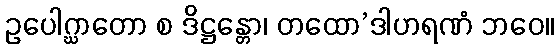
ဥပေါဂ္ဃာတော စ ဒိဋ္ဌန္တော၊ တထော’ဒါဟရဏံ ဘဝေ။